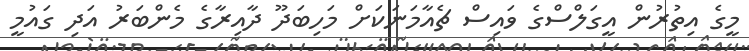
މީގެ އިތުރުން އީގަލްސްގެ ވައިސް ޗެއާމަނަަކަށް މަހިބަދޫ ދާއިރާގެ މެންބަރު އަދި ގައުމީ